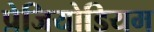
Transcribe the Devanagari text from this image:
प्रेजियोडियम